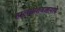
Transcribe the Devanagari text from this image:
हालसातवाहनाने